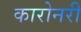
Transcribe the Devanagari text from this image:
कारोनरी